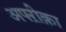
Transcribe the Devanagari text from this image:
अफ्ऱीक़ा